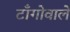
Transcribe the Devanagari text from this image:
टाँगोवाले